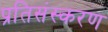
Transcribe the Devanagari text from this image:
प्रतिसंस्करण